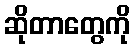
ဆိုတာတွေကို